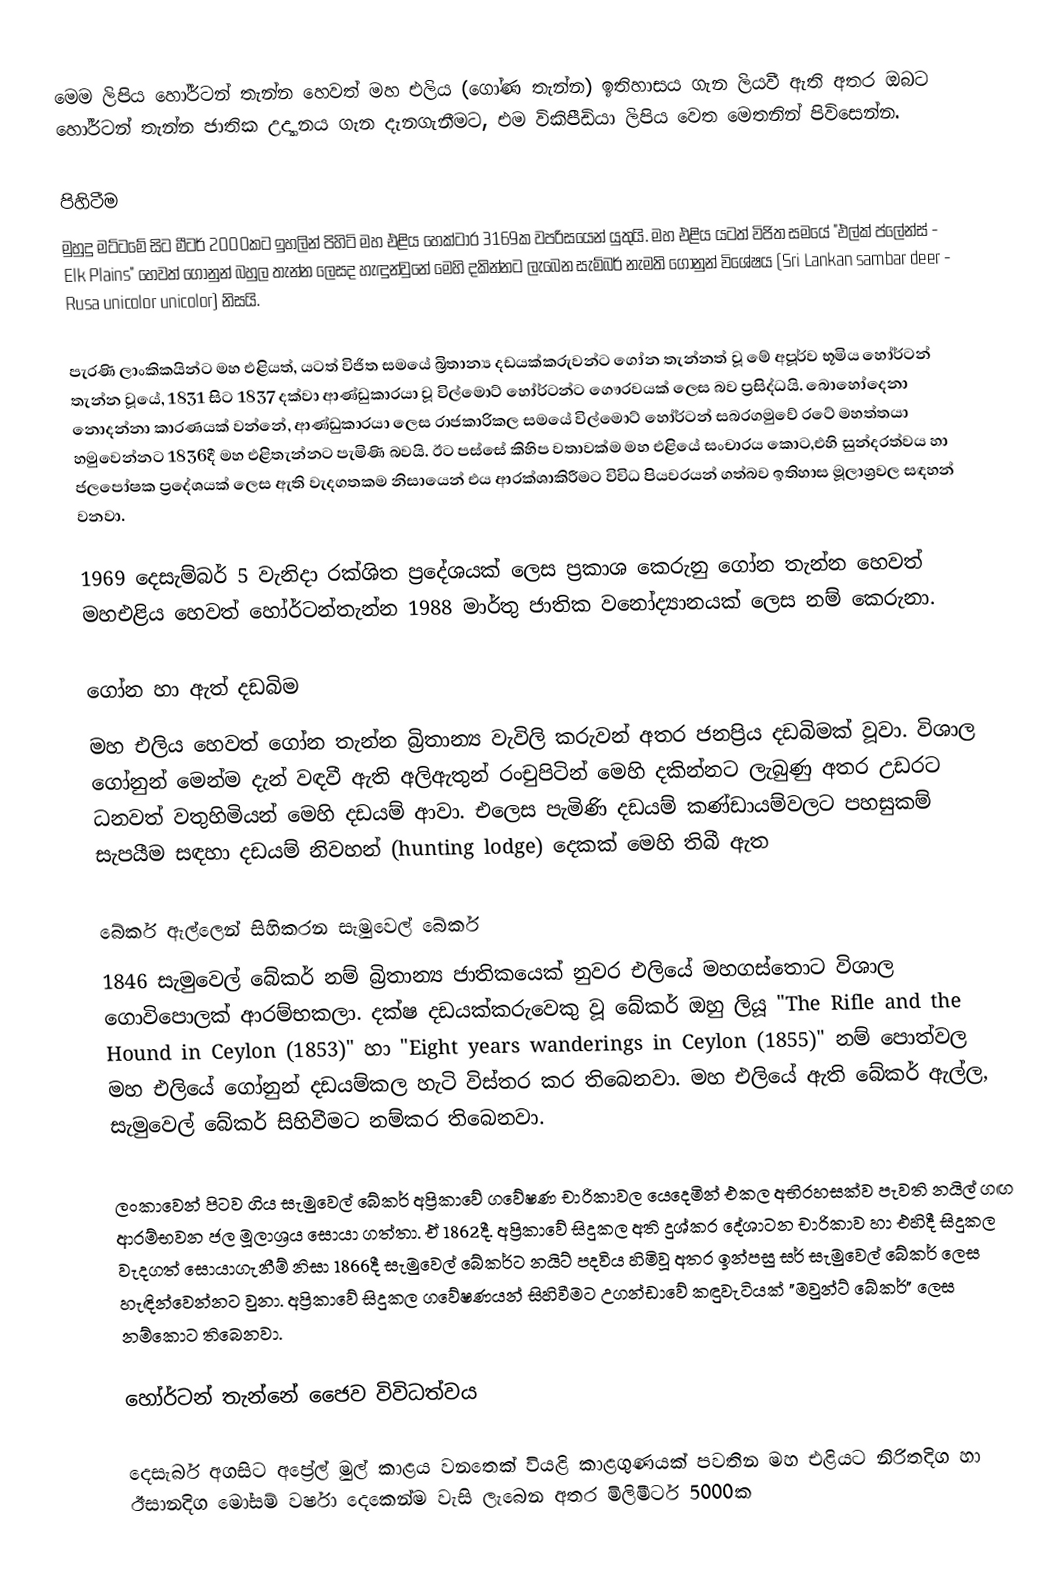
මෙම ලිපිය හෝර්ටන් තැන්න හෙවත් මහ එලිය (ගෝණ තැන්න) ඉතිහාසය ගැන ලියවී ඇති අතර ඔබට හෝර්ටන් තැන්න ජාතික උද්‍යානය ගැන දැනගැනීමට, එම විකිපීඩියා ලිපිය වෙත මෙතනින් පිවිසෙන්න.

පිහිටීම
මුහුදු මට්ටමේ සිට මීටර් 2000කට ඉහලින් පිහිටි මහ එළිය හෙක්ටාර 3169ක වපරිසයෙන් යුතුයි. මහ එළිය යටත් විජිත සමයේ "එල්ක් ප්ලේන්ස් - Elk Plains" හෙවත් ගෝනුන් බහුල තැන්න ලෙසද හැඳුන්වුනේ මෙහි දකින්නට ලැබෙන සැම්බර් නැමති ගෝනුන් විශේෂය (Sri Lankan sambar deer - Rusa unicolor unicolor) නිසයි.

පැරණි ලාංකිකයින්ට මහ එළියත්, යටත් විජිත සමයේ බ්‍රිතාන්‍ය දඩයක්කරුවන්ට ගෝන තැන්නත් වූ මේ අපූර්ව භූමිය හෝර්ටන් තැන්න වූයේ, 1831 සිට 1837 දක්වා ආණ්ඩුකාරයා වූ විල්මොට් හෝර්ටන්ට ගෞරවයක් ලෙස බව ප්‍රසිද්ධයි. බොහෝදෙනා නොදන්නා කාරණයක් වන්නේ, ආණ්ඩුකාරයා ලෙස රාජකාරිකල සමයේ විල්මොට් හෝර්ටන් සබරගමුවේ රටේ මහත්තයා හමුවෙන්නට 1836දී මහ එළිතැන්නට පැමිණි බවයි. ඊට පස්සේ කිහිප වතාවක්ම මහ එළියේ සංචාරය කොට,එහි සුන්දරත්වය හා ජලපෝෂක ප්‍රදේශයක් ලෙස ඇති වැදගතකම නිසායෙන් එය ආරක්ශාකිරීමට විවිධ පියවරයන් ගත්බව ඉතිහාස මූලාශ්‍රවල සඳහන් වනවා.

1969 දෙසැම්බර් 5 වැනිදා රක්ශිත ප්‍රදේශයක් ලෙස ප්‍රකාශ කෙරුනු ගෝන තැන්න හෙවත් මහඑළිය හෙවත් හෝර්ටන්තැන්න 1988 මාර්තු ජාතික වනෝද්‍යානයක් ලෙස නම් කෙරුනා.

ගෝන හා ඇත් දඩබිම
මහ එලිය හෙවත් ගෝන තැන්න බ්‍රිතාන්‍ය වැවිලි කරුවන් අතර ජනප්‍රිය දඩබිමක් වූවා. විශාල ගෝනුන් මෙන්ම දැන් වඳවී ඇති අලිඇතුන් රංචුපිටින් මෙහි දකින්නට ලැබුණු අතර උඩරට ධනවත් වතුහිමියන් මෙහි දඩයම් ආවා. එලෙස පැමිණි දඩයම් කණ්ඩායම්වලට පහසුකම් සැපයීම සඳහා දඩයම් නිවහන් (hunting lodge) දෙකක් මෙහි තිබී ඇත

බේකර් ඇල්ලෙන් සිහිකරන සැමුවෙල් බේකර්
1846 සැමුවෙල් බේකර් නම් බ්‍රිතාන්‍ය ජාතිකයෙක් නුවර එලියේ මහගස්තොට විශාල ගොවිපොලක් ආරම්භකලා. දක්ෂ දඩයක්කරුවෙකු වූ බේකර් ඔහු ලියූ "The Rifle and the Hound in Ceylon (1853)" හා "Eight years wanderings in Ceylon (1855)" නම් පොත්වල මහ එලියේ ගෝනුන් දඩයම්කල හැටි විස්තර කර තිබෙනවා. මහ එලියේ ඇති බේකර් ඇල්ල, සැමුවෙල් බේකර් සිහිවීමට නම්කර තිබෙනවා.

ලංකාවෙන් පිටව ගිය සැමුවෙල් බේකර් අප්‍රිකාවේ ගවේෂණ චාරිකාවල යෙදෙමින් එකල අභිරහසක්ව පැවති නයිල් ගඟ ආරම්භවන ජල මූලාශ්‍රය සොයා ගත්තා. ඒ 1862දී. අප්‍රිකාවේ සිදුකල අති දුශ්කර දේශාටන චාරිකාව හා එහිදී සිදුකල වැදගත් සොයාගැනීම් නිසා 1866දී සැමුවෙල් බේකර්ට නයිට් පදවිය හිමිවූ අතර ඉන්පසු සර් සැමුවෙල් බේකර් ලෙස හැඳින්වෙන්නට වුනා. අප්‍රිකාවේ සිදුකල ගවේෂණයන් සිහිවීමට උගන්ඩාවේ කඳුවැටියක් "මවුන්ට් බේකර්" ලෙස නම්කොට තිබෙනවා.

හෝර්ටන් තැන්නේ ජෛව විවිධත්වය

දෙසැබර් අගසිට අප්‍රේල් මුල් කාළය වනතෙක් වියළි කාළගුණයක් පවතින මහ එළියට නිරිතදිග හා ඊසානදිග මෝසම් වර්ෂා දෙකෙන්ම වැසි ලැබෙන අතර මිලිමීටර් 5000ක